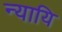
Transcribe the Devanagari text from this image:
न्यायि